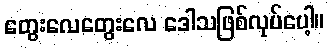
တွေးလေတွေးလေ ဒေါသဖြစ်လုပ်ပေါ့။